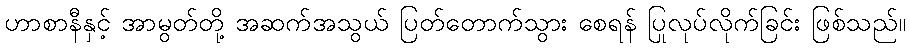
ဟာစာနီနှင့် အာမွတ်တို့ အဆက်အသွယ် ပြတ်တောက်သွား စေရန် ပြုလုပ်လိုက်ခြင်း ဖြစ်သည်။